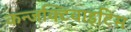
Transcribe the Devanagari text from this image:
कन्जक्टिवाइटिस